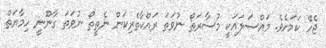
ޖެހޭ ކަމަށެވެ. މައްސަލައަކީ މުސާރަތޯ ނުވަތަ ރައްކާތެރިކަން ނެތީތޯ ނުވަތަ ގާނޫނީ ހިމާޔަތް